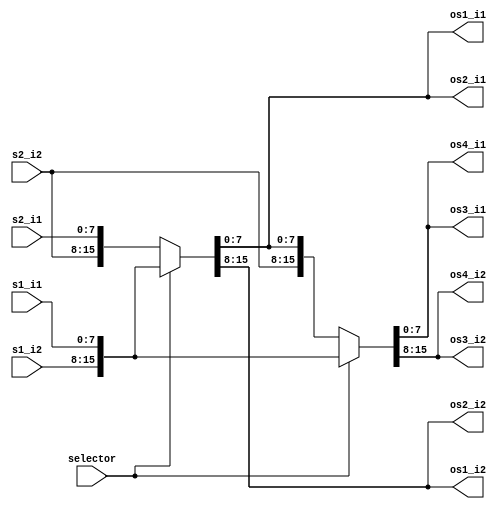
`timescale 1ns/1ps
`default_nettype none
// PLEASE READ THIS, IT MAY SAVE YOU SOME TIME AND MONEY, THANK YOU!
// * This file was generated by Quokka FPGA Toolkit.
// * Generated code is your property, do whatever you want with it
// * Place custom code between [BEGIN USER ***] and [END USER ***].
// * CAUTION: All code outside of [USER] scope is subject to regeneration.
// * Bad things happen sometimes in developer's life,
//   it is recommended to use source control management software (e.g. git, bzr etc) to keep your custom code safe'n'sound.
// * Internal structure of code is subject to change.
//   You can use some of signals in custom code, but most likely they will not exist in future (e.g. will get shorter or gone completely)
// * Please send your feedback, comments, improvement ideas etc. to evmuryshkin@gmail.com
// * Visit https://github.com/EvgenyMuryshkin/QuokkaEvaluation to access latest version of playground
//
// DISCLAIMER:
//   Code comes AS-IS, it is your responsibility to make sure it is working as expected
//   no responsibility will be taken for any loss or damage caused by use of Quokka toolkit.
//
// System configuration name is StructMuxModule_TopLevel, clock frequency is 1Hz, Top-level
// FSM summary
// -- Packages
module StructMuxModule_TopLevel
(
	// [BEGIN USER PORTS]
	// [END USER PORTS]
	input wire [7:0] s1_i1,
	input wire [7:0] s1_i2,
	input wire [7:0] s2_i1,
	input wire [7:0] s2_i2,
	input wire selector,
	output wire [7:0] os1_i1,
	output wire [7:0] os1_i2,
	output wire [7:0] os2_i1,
	output wire [7:0] os2_i2,
	output wire [7:0] os3_i1,
	output wire [7:0] os3_i2,
	output wire [7:0] os4_i1,
	output wire [7:0] os4_i2
);
	// [BEGIN USER SIGNALS]
	// [END USER SIGNALS]
	localparam HiSignal = 1'b1;
	localparam LoSignal = 1'b0;
	wire Zero = 1'b0;
	wire One = 1'b1;
	wire true = 1'b1;
	wire false = 1'b0;
	wire [7: 0] Inputs_s1_i1;
	wire [7: 0] Inputs_s1_i2;
	wire [7: 0] Inputs_s2_i1;
	wire [7: 0] Inputs_s2_i2;
	wire Inputs_selector;
	wire [7: 0] ii1_i1;
	wire [7: 0] ii1_i2;
	wire [7: 0] is2_i1;
	wire [7: 0] is2_i2;
	wire [7: 0] is3_i1;
	wire [7: 0] is3_i2;
	wire [15: 0] StructMuxModule_L24F48T51_WhenTrueSignal;
	wire [15: 0] StructMuxModule_L24F54T63_WhenFalseSignal;
	wire [15: 0] StructMuxModule_L24F54T63_TernarySignal;
	wire [7: 0] StructMuxModule_L24F30T63_Ternary_i1;
	wire [7: 0] StructMuxModule_L24F30T63_Ternary_i2;
	wire [15: 0] StructMuxModule_L27F15L31T14_WhenTrueSignal;
	wire [15: 0] StructMuxModule_L32F15L36T14_WhenFalseSignal;
	wire [15: 0] StructMuxModule_L32F15L36T14_TernarySignal;
	wire [7: 0] StructMuxModule_L26F30L36T14_Ternary_i1;
	wire [7: 0] StructMuxModule_L26F30L36T14_Ternary_i2;
	wire [15: 0] StructMuxModule_L21F55T64_WhenTrueSignal;
	wire [15: 0] StructMuxModule_L21F67T76_WhenFalseSignal;
	wire [15: 0] StructMuxModule_L21F67T76_TernarySignal;
	wire [7: 0] StructMuxModule_L21F37T76_Ternary_i1;
	wire [7: 0] StructMuxModule_L21F37T76_Ternary_i2;
	wire [15: 0] StructMuxModule_L39F15L43T14_WhenTrueSignal;
	wire [15: 0] StructMuxModule_L44F15L48T14_WhenFalseSignal;
	wire [15: 0] StructMuxModule_L44F15L48T14_TernarySignal;
	wire [7: 0] StructMuxModule_L38F37L48T14_Ternary_i1;
	wire [7: 0] StructMuxModule_L38F37L48T14_Ternary_i2;
	assign StructMuxModule_L24F54T63_TernarySignal = (Inputs_selector ? StructMuxModule_L24F48T51_WhenTrueSignal : StructMuxModule_L24F54T63_WhenFalseSignal);
	assign StructMuxModule_L32F15L36T14_TernarySignal = (Inputs_selector ? StructMuxModule_L27F15L31T14_WhenTrueSignal : StructMuxModule_L32F15L36T14_WhenFalseSignal);
	assign StructMuxModule_L21F67T76_TernarySignal = (Inputs_selector ? StructMuxModule_L21F55T64_WhenTrueSignal : StructMuxModule_L21F67T76_WhenFalseSignal);
	assign StructMuxModule_L44F15L48T14_TernarySignal = (Inputs_selector ? StructMuxModule_L39F15L43T14_WhenTrueSignal : StructMuxModule_L44F15L48T14_WhenFalseSignal);
	assign Inputs_s1_i1 = s1_i1;
	assign Inputs_s1_i2 = s1_i2;
	assign Inputs_s2_i1 = s2_i1;
	assign Inputs_s2_i2 = s2_i2;
	assign Inputs_selector = selector;
	assign ii1_i1 = Inputs_s1_i1;
	assign ii1_i2 = Inputs_s1_i2;
	assign StructMuxModule_L24F48T51_WhenTrueSignal[15:8] = ii1_i2;
	assign StructMuxModule_L24F48T51_WhenTrueSignal[7:0] = ii1_i1;
	assign StructMuxModule_L24F54T63_WhenFalseSignal[15:8] = Inputs_s2_i2;
	assign StructMuxModule_L24F54T63_WhenFalseSignal[7:0] = Inputs_s2_i1;
	assign StructMuxModule_L24F30T63_Ternary_i2 = StructMuxModule_L24F54T63_TernarySignal[15:8];
	assign StructMuxModule_L24F30T63_Ternary_i1 = StructMuxModule_L24F54T63_TernarySignal[7:0];
	assign is2_i1 = StructMuxModule_L24F30T63_Ternary_i1;
	assign is2_i2 = StructMuxModule_L24F30T63_Ternary_i2;
	assign StructMuxModule_L27F15L31T14_WhenTrueSignal[15:8] = Inputs_s1_i2;
	assign StructMuxModule_L27F15L31T14_WhenTrueSignal[7:0] = ii1_i1;
	assign StructMuxModule_L32F15L36T14_WhenFalseSignal[15:8] = Inputs_s2_i2;
	assign StructMuxModule_L32F15L36T14_WhenFalseSignal[7:0] = is2_i1;
	assign StructMuxModule_L26F30L36T14_Ternary_i2 = StructMuxModule_L32F15L36T14_TernarySignal[15:8];
	assign StructMuxModule_L26F30L36T14_Ternary_i1 = StructMuxModule_L32F15L36T14_TernarySignal[7:0];
	assign is3_i1 = StructMuxModule_L26F30L36T14_Ternary_i1;
	assign is3_i2 = StructMuxModule_L26F30L36T14_Ternary_i2;
	assign StructMuxModule_L21F55T64_WhenTrueSignal[15:8] = Inputs_s1_i2;
	assign StructMuxModule_L21F55T64_WhenTrueSignal[7:0] = Inputs_s1_i1;
	assign StructMuxModule_L21F67T76_WhenFalseSignal[15:8] = Inputs_s2_i2;
	assign StructMuxModule_L21F67T76_WhenFalseSignal[7:0] = Inputs_s2_i1;
	assign StructMuxModule_L21F37T76_Ternary_i2 = StructMuxModule_L21F67T76_TernarySignal[15:8];
	assign StructMuxModule_L21F37T76_Ternary_i1 = StructMuxModule_L21F67T76_TernarySignal[7:0];
	assign os1_i1 = StructMuxModule_L21F37T76_Ternary_i1;
	assign os1_i2 = StructMuxModule_L21F37T76_Ternary_i2;
	assign os2_i1 = is2_i1;
	assign os2_i2 = is2_i2;
	assign os3_i1 = is3_i1;
	assign os3_i2 = is3_i2;
	assign StructMuxModule_L39F15L43T14_WhenTrueSignal[15:8] = Inputs_s1_i2;
	assign StructMuxModule_L39F15L43T14_WhenTrueSignal[7:0] = ii1_i1;
	assign StructMuxModule_L44F15L48T14_WhenFalseSignal[15:8] = Inputs_s2_i2;
	assign StructMuxModule_L44F15L48T14_WhenFalseSignal[7:0] = is2_i1;
	assign StructMuxModule_L38F37L48T14_Ternary_i2 = StructMuxModule_L44F15L48T14_TernarySignal[15:8];
	assign StructMuxModule_L38F37L48T14_Ternary_i1 = StructMuxModule_L44F15L48T14_TernarySignal[7:0];
	assign os4_i1 = StructMuxModule_L38F37L48T14_Ternary_i1;
	assign os4_i2 = StructMuxModule_L38F37L48T14_Ternary_i2;
	// [BEGIN USER ARCHITECTURE]
	// [END USER ARCHITECTURE]
endmodule